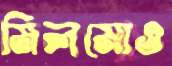
মিলমোও